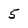
Character: 5